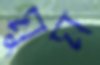
মুম